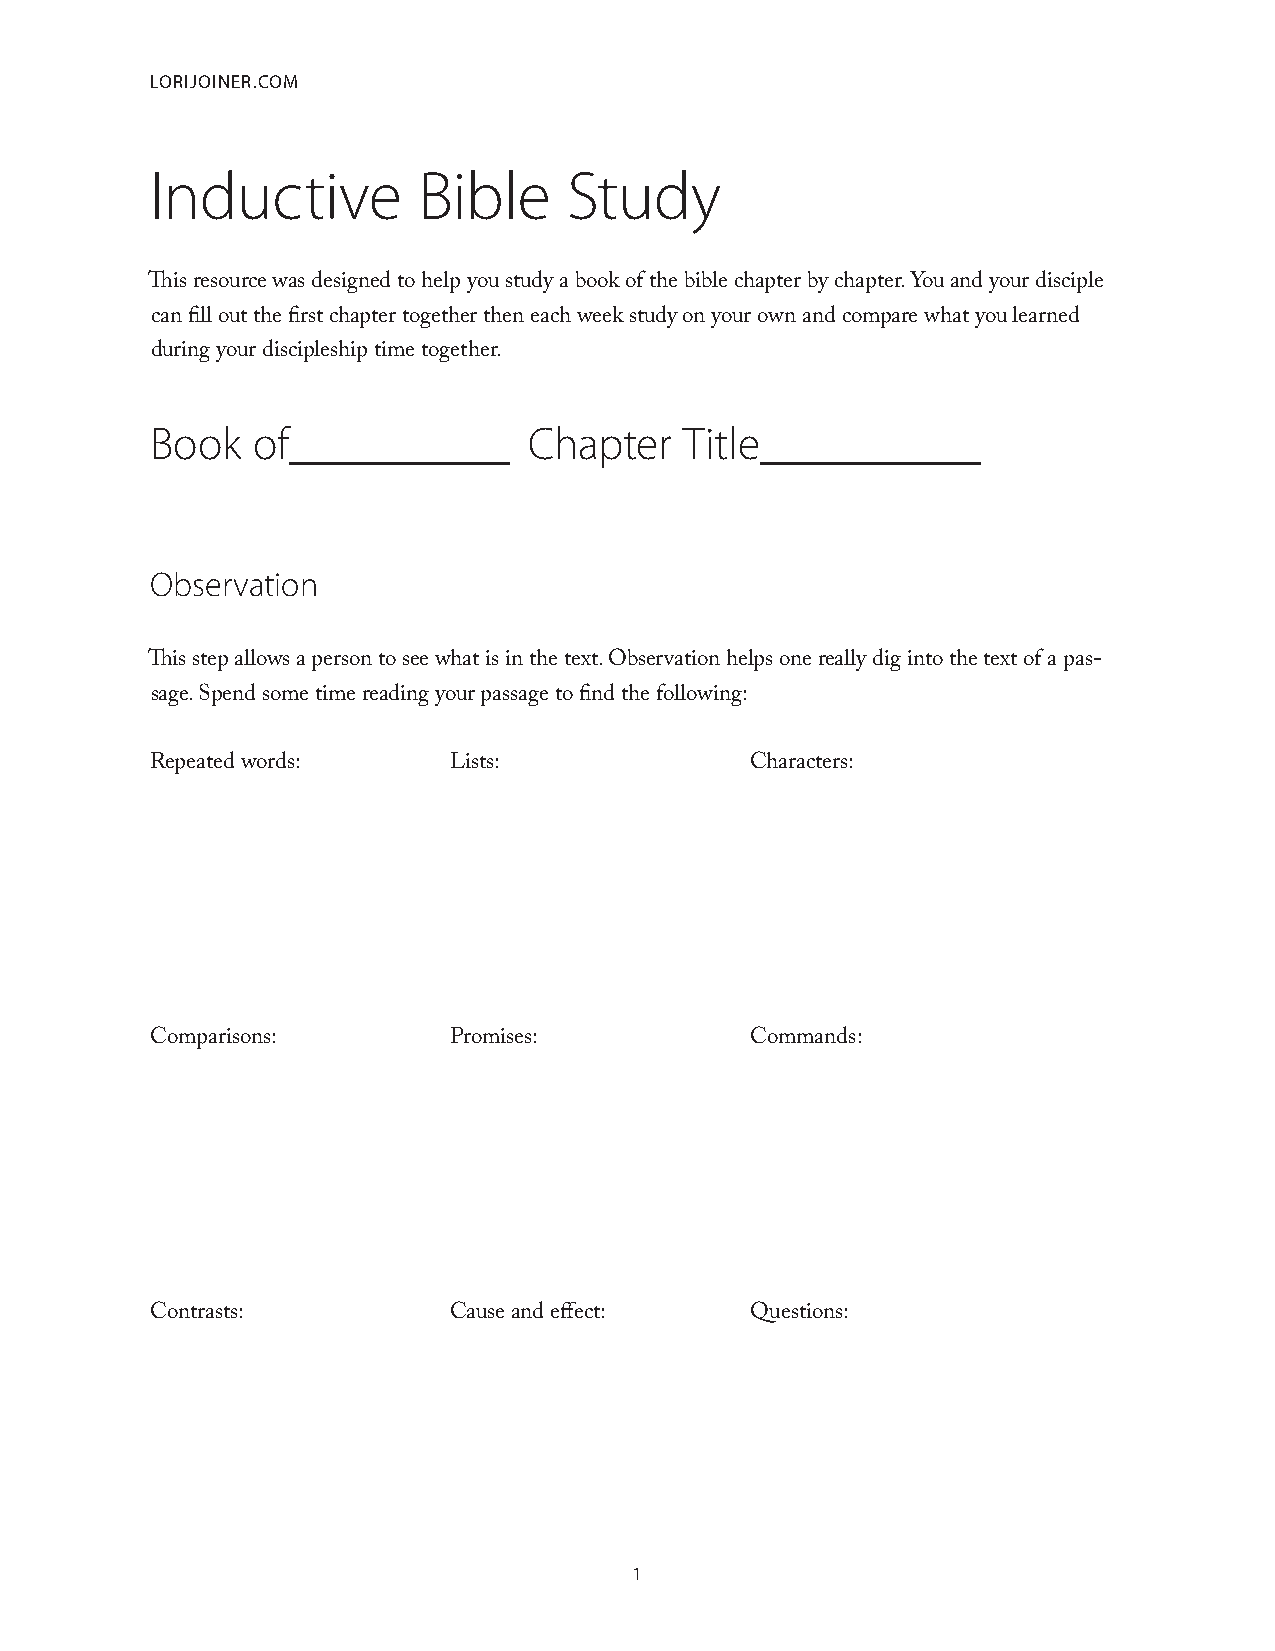
LoriJoiner.com
 Inductive         Bible     Study
 This resource was designed to help you study a book of the bible chapter by chapter. You and your disciple
 can fill out the first chapter together then each week study on your own and compare what you learned
 during your discipleship time together.
 Book   of__________      Chapter   Title__________
 Observation
 This step allows a person to see what is in the text. Observation helps one really dig into the text of a pas-
 sage. Spend some time reading your passage to find the following:
 Repeated words:     Lists:              Characters:
 Comparisons:        Promises:           Commands:
 Contrasts:          Cause and effect:   Questions:
 1